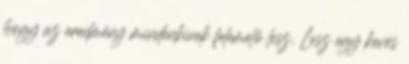
hogy az eredmény mindenkinek felemelő lesz. Lesz egy kevés